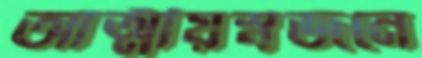
আত্মীয়স্বজনে